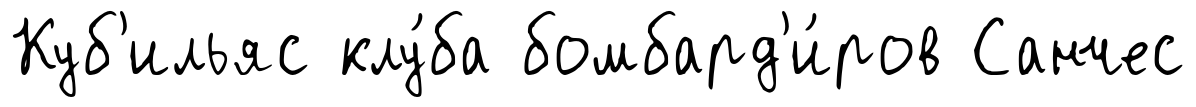
Куб'ильяс клу́ба бомбард'и́ров Санчес